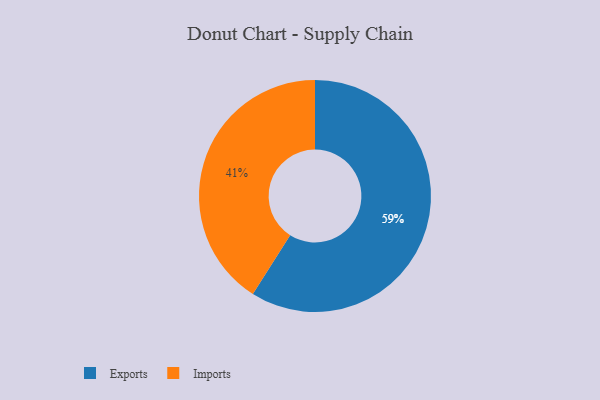
{"axis": {"x": "Category", "y": "Percentage"}, "legend": ["Exports", "Imports"], "data": [{"x": "Exports", "y": 59, "type": "Exports"}, {"x": "Imports", "y": 41, "type": "Imports"}]}